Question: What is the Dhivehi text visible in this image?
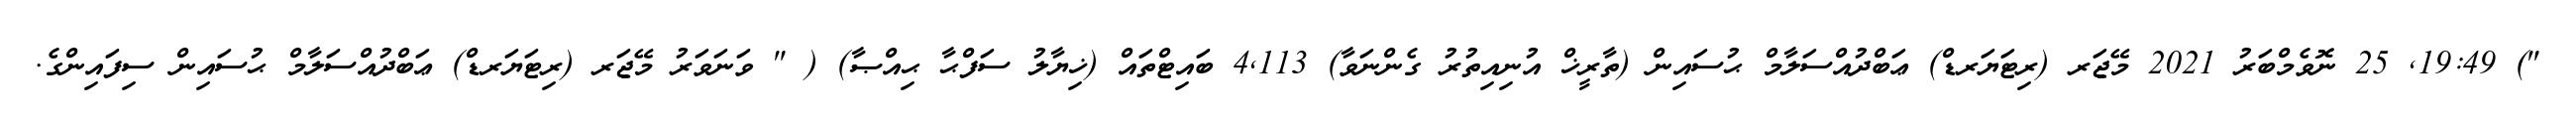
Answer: ") 19:49, 25 ނޮވެމްބަރު 2021 މޭޖަރ (ރިޓަޔަރޑް) ޢަބްދުއްސަލާމް ޙުސައިން (ތާރީޚް އުނިއިތުރު ގެންނަވާ) 4,113 ބައިޓްތައް (ޚިޔާލު ސަފްޙާ ޙިއްޞާ) ( " ވަނަވަރު މޭޖަރ (ރިޓަޔަރޑް) ޢަބްދުއްސަލާމް ޙުސައިން ސިފައިންގެ.